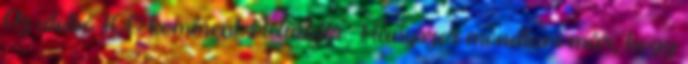
Az utolsó 100 komment: Netuddki.: Hányszor mondtam már, hogy